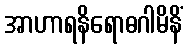
အာဟာရနိရောဓဂါမိနိံ